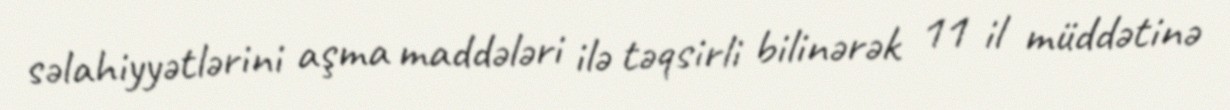
səlahiyyətlərini aşma maddələri ilə təqsirli bilinərək 11 il müddətinə